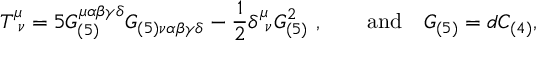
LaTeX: T _ { \phantom { \mu } \nu } ^ { \mu } = 5 G _ { ( 5 ) } ^ { \mu \alpha \beta \gamma \delta } G _ { ( 5 ) \nu \alpha \beta \gamma \delta } - \frac { 1 } { 2 } \delta _ { \phantom { \mu } \nu } ^ { \mu } G _ { ( 5 ) } ^ { 2 } \ , \qquad \mathrm { a n d } \quad G _ { ( 5 ) } = d C _ { ( 4 ) } ,